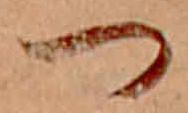
つ